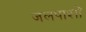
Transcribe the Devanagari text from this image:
जलपाशों